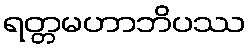
ရတ္တမဟာဘိပဿ